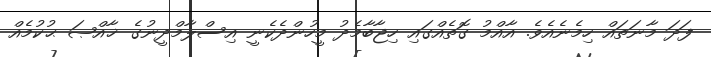
ފަދަ މާނަތައް ހިމެނެއެވެ. އާއްމު ގޮތެއްގައި ހިޖާބާމެދު މީހުންދެކެނީ އިސްލާމްދީނުގެ ޚާއްޞަ ޙުކުމެއް